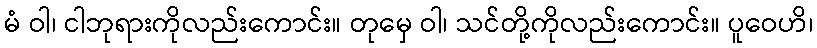
မံ ဝါ၊ ငါဘုရားကိုလည်းကောင်း။ တုမှေ ဝါ၊ သင်တို့ကိုလည်းကောင်း။ ပူဝေဟိ၊